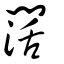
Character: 濶